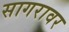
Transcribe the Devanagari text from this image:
सागरावर